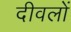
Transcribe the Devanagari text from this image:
दीवलों